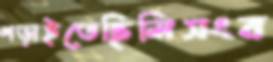
পড়াইতেছিলিসংব